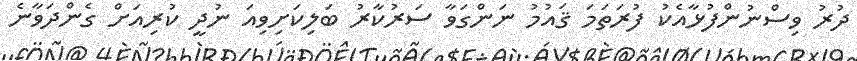
ދުރު ވިސްނުންފުޅާއެކު ފުރަތަމަ ޤައުމު ނަންގަވާ ސަރުކާރު ބަލިކަށިވިއަ ނުދީ ކުރިއަށް ގެންދަވާނެ